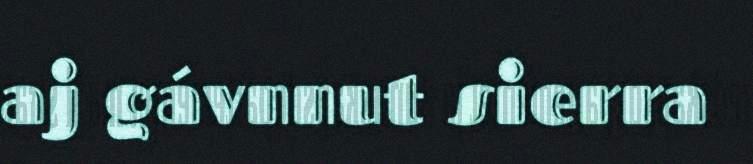
aj gávnnut sierra